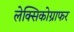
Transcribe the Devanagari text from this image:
लेक्सिकोग्राफर